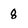
Character: g